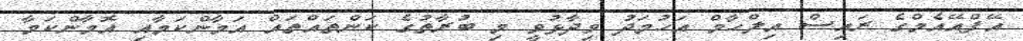
އޭފްއޭއެމްގެ ރައިސް އިލްހާމް އަހުމަދު ވިދާޅުވީ މި ބުރާތުގެ ކަންތައްތައް އަމާންކަމާއި އޮމާންކަމާ